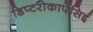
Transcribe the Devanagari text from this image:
डिप्टरोकार्पेसिई